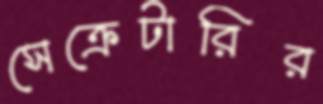
সেক্রেটারির